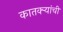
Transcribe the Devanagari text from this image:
कातक्र्‍यांची